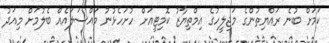
ކަމަށް ބުނެ ރައްޔިތުންގެ މަޖިލީހުގެ އިމްތިޔާޒު ކޮމިޓީއަށް ހުށަހެޅުނު މައްސަލައެއް ބެލުމަށް މިއަދު